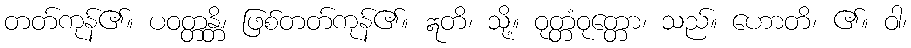
တတ်ကုန်၏။ ပဝတ္တန္တိ၊ ဖြစ်တတ်ကုန်၏။ ဣတိ၊ သို့။ ဝုတ္တံဝုတ္တော၊ သည်။ ဟောတိ၊ ၏။ ဝါ၊